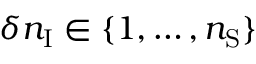
\delta n _ { \mathrm { I } } \in \{ 1 , \dots , n _ { \mathrm { S } } \}